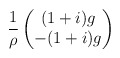
\begin{align*} \frac{1}{\rho} \begin{pmatrix}(1+i)g \\ -(1+i)g \end{pmatrix}\end{align*}